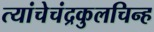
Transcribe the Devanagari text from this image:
त्यांचेचंद्रकुलचिन्ह